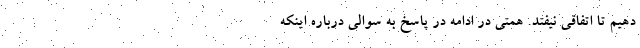
دهیم تا اتفاقی نیفتد. همتی در ادامه در پاسخ به سوالی درباره اینکه